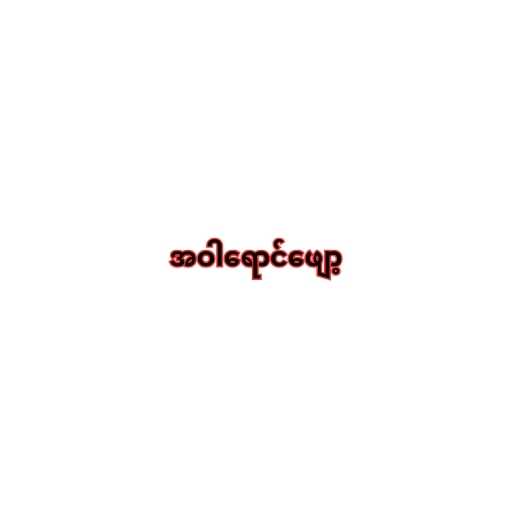
အဝါရောင်ဖျော့